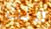
قلت